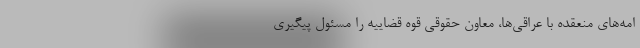
امه‌های منعقده با عراقی‌ها، معاون حقوقی قوه قضاییه را مسئول پیگیری